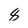
Character: 8